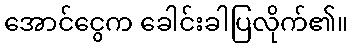
အောင်ငွေက ခေါင်းခါပြလိုက်၏။